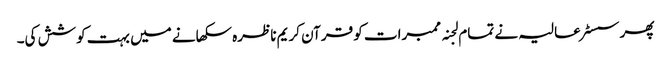
پھر سسٹر عالیہ نے تمام لجنہ ممبرات کو قرآن کریم ناظرہ سکھانے میں بہت کوشش کی۔